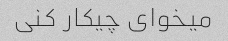
میخوای چیکار کنی